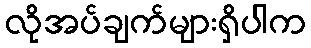
လိုအပ်ချက်များရှိပါက